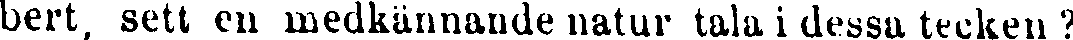
bert, sett en medkännande natur tala i dessa tecken ?